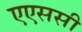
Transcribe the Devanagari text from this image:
एएससी